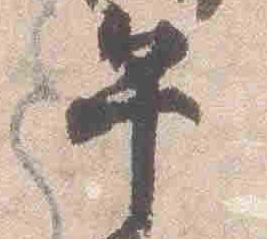
午